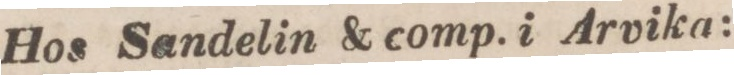
Hos Sandelin & comp. i Arvika: